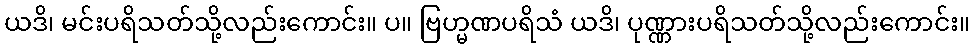
ယဒိ၊ မင်းပရိသတ်သို့လည်းကောင်း။ ပ။ ဗြဟ္မဏပရိသံ ယဒိ၊ ပုဏ္ဏားပရိသတ်သို့လည်းကောင်း။